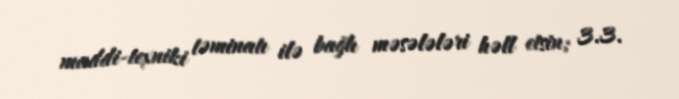
maddi-texniki təminatı ilə bağlı məsələləri həll etsin; 3.3.